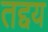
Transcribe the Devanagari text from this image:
तद्दय